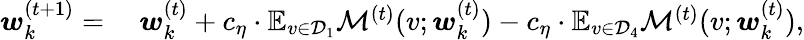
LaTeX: \begin{array}{rl}{{\boldsymbol w}_{k}^{(t+1)}=}&{~{\boldsymbol w}_{k}^{(t)}+c_{\eta}\cdot\mathbb{E}_{v\in\mathcal{D}_{1}}\mathcal{M}^{(t)}(v;{\boldsymbol w}_{k}^{(t)})-c_{\eta}\cdot\mathbb{E}_{v\in\mathcal{D}_{4}}\mathcal{M}^{(t)}(v;{\boldsymbol w}_{k}^{(t)}),}\end{array}